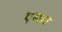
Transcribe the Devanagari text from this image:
एम्थर